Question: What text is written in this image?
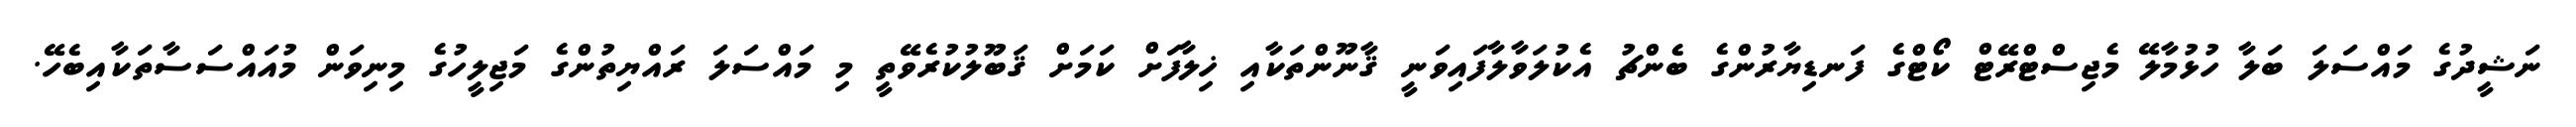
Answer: ނަޝީދުގެ މައްސަލަ ބަލާ ހުޅުމާލޭ މެޖިސްޓްރޭޓް ކޯޓްގެ ފަނޑިޔާރުންގެ ބެންޗު އެކުލަވާލާފައިވަނީ ޤާނޫންތަކާއި ޚިލާފަށް ކަމަށް ޤަބޫލުކުރެވޭތީ މި މައްސަލަ ރައްޔިތުންގެ މަޖިލީހުގެ މިނިވަން މުއައްސަސާތަކާއިބެހޭ.